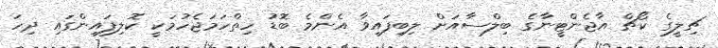
ޗިލީގެ ކޯޗް އާޖެންޓީނާގެ ބިލްސާއަށް ލިބިފައިވާ އެންމެ ބޮޑު ހިތްހަމަޖެހުމަކީ ކޮލިފައިންގައި ދިހަ